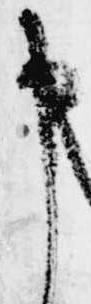
申